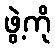
ဖွဲ့ကို